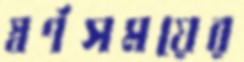
স্বর্ণসময়ের